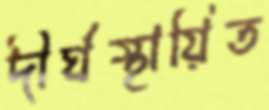
দীর্ঘস্থায়িত